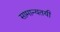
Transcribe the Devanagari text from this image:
सामान्यतयी